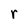
Character: r